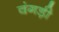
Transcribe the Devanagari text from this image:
वंगड़ी